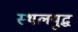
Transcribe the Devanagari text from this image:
स्थलयुद्ध